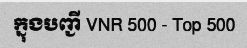
ក្នុងបញ្ជី VNR 500 - Top 500